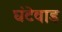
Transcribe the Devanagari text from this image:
घंटेवाड